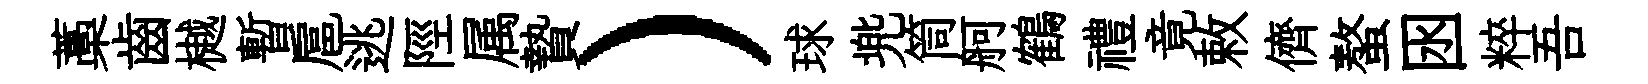
藁齒樾暫扈逃陘属贄）球兠筒舸鶴禮竟敕儕螯囦粹吾